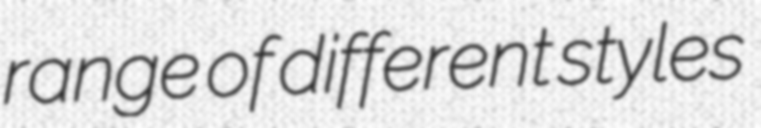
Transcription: range of different styles